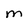
Character: M